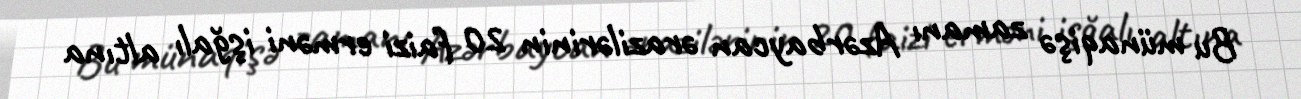
Bu münaqişə zamanı Azərbaycan ərazilərinin 20 faizi erməni işğalı altına